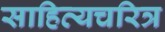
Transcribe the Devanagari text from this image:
साहित्यचरित्र